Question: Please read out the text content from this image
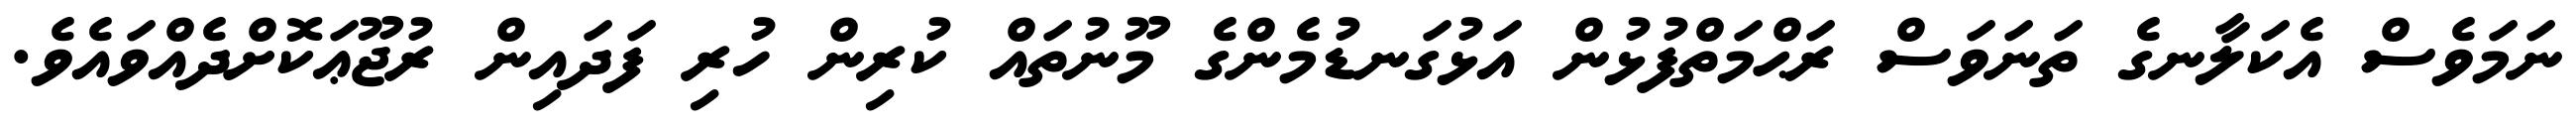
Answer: ނަމަވެސް އެކަލާނގެ ތަނަވަސް ރަޙްމަތްފުޅުން އަޅުގަނޑުމެންގެ މޫނުތައް ކުރިން ހުރި ފަދައިން ރުޖޫޢަކޮށްދެއްވައެވެ.